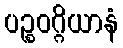
ပဉ္စဝဂ္ဂိယာနံ